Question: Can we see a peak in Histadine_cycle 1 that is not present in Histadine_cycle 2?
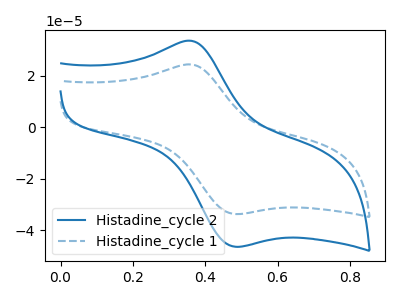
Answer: <think>The blue curve "Histadine_cycle 2" has an anodic peak at (0.35V, 33.55uA) and a cathodic peak at (0.50V, -46.45uA). The blue dashed curve "Histadine_cycle 1" has an anodic peak at (0.35V, 24.35uA) and a cathodic peak at (0.50V, -33.75uA).
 All the peaks in "Histadine_cycle 1" have a peak in "Histadine_cycle 2" at the same potential. Every peak in "Histadine_cycle 1" is lower than every peak in "Histadine_cycle 2".</think>
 <answer>No, "Histadine_cycle 1" and "Histadine_cycle 2" don't appear to be significantly different in shape</answer>
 <eval>no_change</eval>